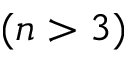
( n > 3 )